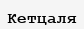
Кетцаля